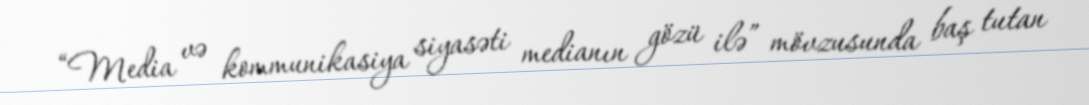
“Media və kommunikasiya siyasəti medianın gözü ilə” mövzusunda baş tutan